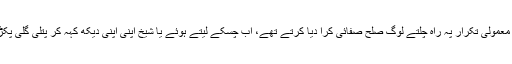
پہلے کسی معمولی تکرار پہ راہ چلتے لوگ صلح صفائی کرا دیا کرتے تھے، اب چسکے لیتے ہوئے یا شیخ اپنی اپنی دیکھ کہہ کر پتلی گلی پکڑ لیتے ہیں۔